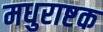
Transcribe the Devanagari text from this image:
मधुराष्टक